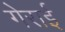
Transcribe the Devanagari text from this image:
गेराई